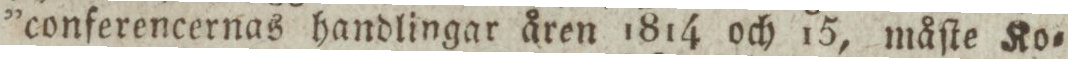
”conferencernas handlingar åren 1814 och 15, måſte Ko=